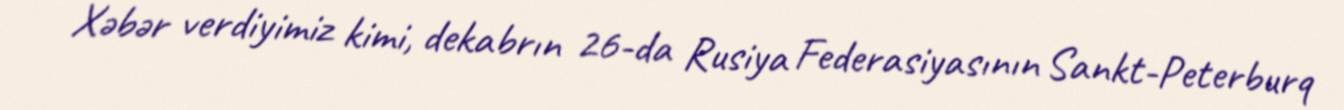
Xəbər verdiyimiz kimi, dekabrın 26-da Rusiya Federasiyasının Sankt-Peterburq